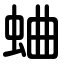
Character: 蛐